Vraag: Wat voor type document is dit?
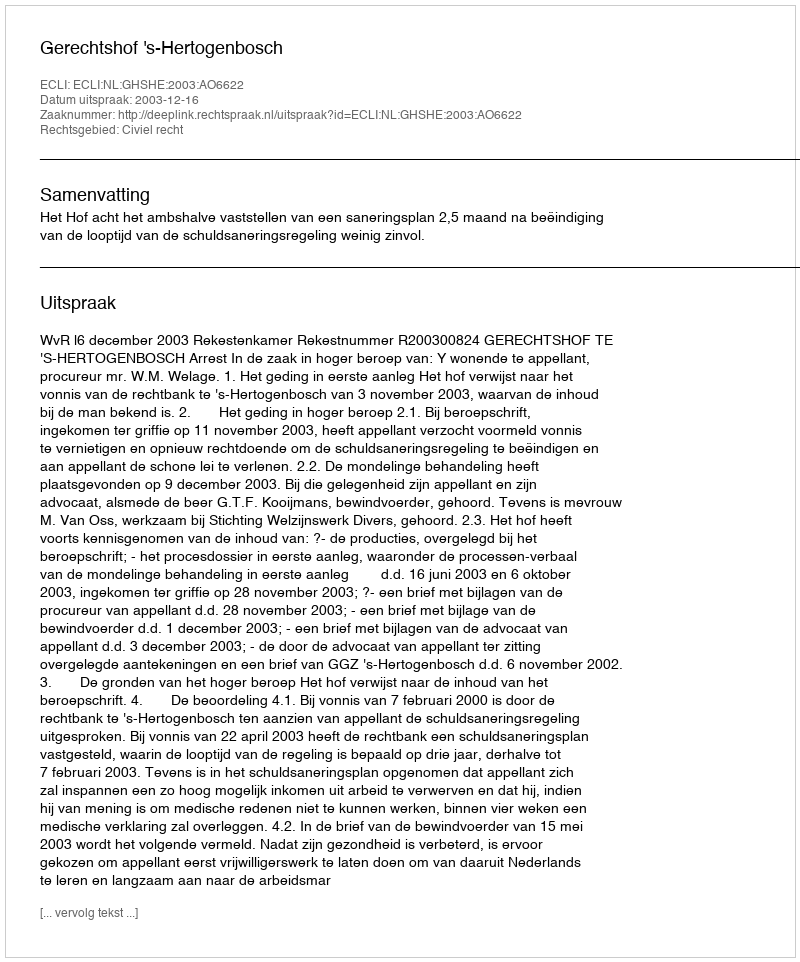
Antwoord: Uitspraak